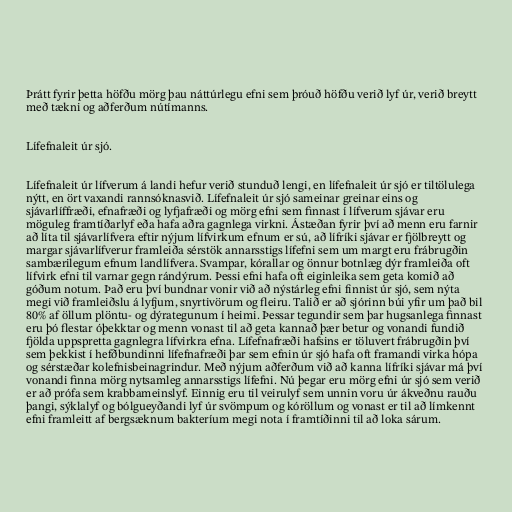
Þrátt fyrir þetta höfðu mörg þau náttúrlegu efni sem þróuð höfðu verið lyf úr, verið breytt
með tækni og aðferðum nútímanns.

Lífefnaleit úr sjó.

Lífefnaleit úr lífverum á landi hefur verið stunduð lengi, en lífefnaleit úr sjó er tiltölulega
nýtt, en ört vaxandi rannsóknasvið. Lífefnaleit úr sjó sameinar greinar eins og
sjávarlíffræði, efnafræði og lyfjafræði og mörg efni sem finnast í lífverum sjávar eru
möguleg framtíðarlyf eða hafa aðra gagnlega virkni. Ástæðan fyrir því að menn eru farnir
að líta til sjávarlífvera eftir nýjum lífvirkum efnum er sú, að lífríki sjávar er fjölbreytt og
margar sjávarlífverur framleiða sérstök annarsstigs lífefni sem um margt eru frábrugðin
sambærilegum efnum landlífvera. Svampar, kórallar og önnur botnlæg dýr framleiða oft
lífvirk efni til varnar gegn rándýrum. Þessi efni hafa oft eiginleika sem geta komið að
góðum notum. Það eru því bundnar vonir við að nýstárleg efni finnist úr sjó, sem nýta
megi við framleiðslu á lyfjum, snyrtivörum og fleiru. Talið er að sjórinn búi yfir um það bil
80% af öllum plöntu- og dýrategunum í heimi. Þessar tegundir sem þar hugsanlega finnast
eru þó flestar óþekktar og menn vonast til að geta kannað þær betur og vonandi fundið
fjölda uppspretta gagnlegra lífvirkra efna. Lífefnafræði hafsins er töluvert frábrugðin því
sem þekkist í hefðbundinni lífefnafræði þar sem efnin úr sjó hafa oft framandi virka hópa
og sérstæðar kolefnisbeinagrindur. Með nýjum aðferðum við að kanna lífríki sjávar má því
vonandi finna mörg nytsamleg annarsstigs lífefni. Nú þegar eru mörg efni úr sjó sem verið
er að prófa sem krabbameinslyf. Einnig eru til veirulyf sem unnin voru úr ákveðnu rauðu
þangi, sýklalyf og bólgueyðandi lyf úr svömpum og kóröllum og vonast er til að límkennt
efni framleitt af bergsæknum bakteríum megi nota í framtíðinni til að loka sárum.